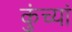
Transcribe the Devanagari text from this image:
कुंच्यां